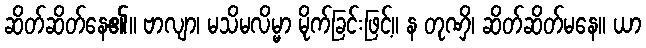
ဆိတ်ဆိတ်နေ၏။ ဗာလျာ၊ မသိမလိမ္မာ မိုက်ခြင်းဖြင့်။ န တုဏှိ၊ ဆိတ်ဆိတ်မနေ။ ယာ